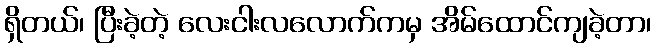
ရှိတယ်၊ ပြီးခဲ့တဲ့ လေးငါးလလောက်ကမှ အိမ်ထောင်ကျခဲ့တာ၊